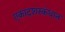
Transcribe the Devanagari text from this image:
एकादशस्‍कंधात